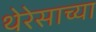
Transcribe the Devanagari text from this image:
थेरेसाच्या